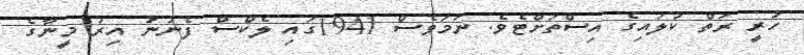
ހުރީ ރަތް ކުލައިގެ އިސްތަށްޓެވެ. ނަމަވެސް 1941ގައި ލެކްސް ފެނުނު އިރު މީނާގެ